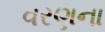
વરણના